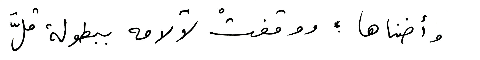
وأضناها؛ ووقفتْ لآلامه ببطولة قلَّ